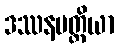
ဒဿနပတ္တိယာ